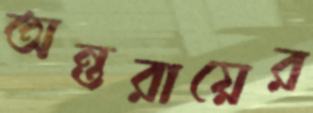
অন্তরায়ের